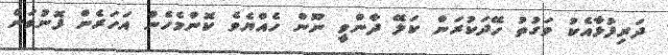
ދަރިފުޅާއެކު ވަގުތު ހޭދަކުރަން ކަލޭ ދާންވީ ނޫން ހެއްޔެވެ ކޮންމެހެން އަހަރެން ފޮނުވަން